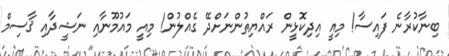
ބިނާކުރާނެ ފައިސާ! މިއީ އިދިކޮޅީން ރައްޔިތުންނަށްދޭ ގެއްލުން! މިއީ މައުމޫނާއި ނަޝީދާއި ޤާސިމް